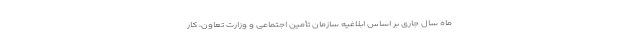
ماه سال جاری بر اساس ابلاغیه سازمان تأمین اجتماعی و وزارت تعاون، کار